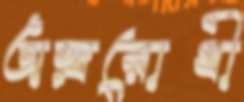
অস্ত্ররোধী